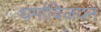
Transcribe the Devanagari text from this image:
धर्माविजयन